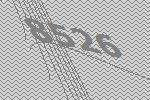
8526